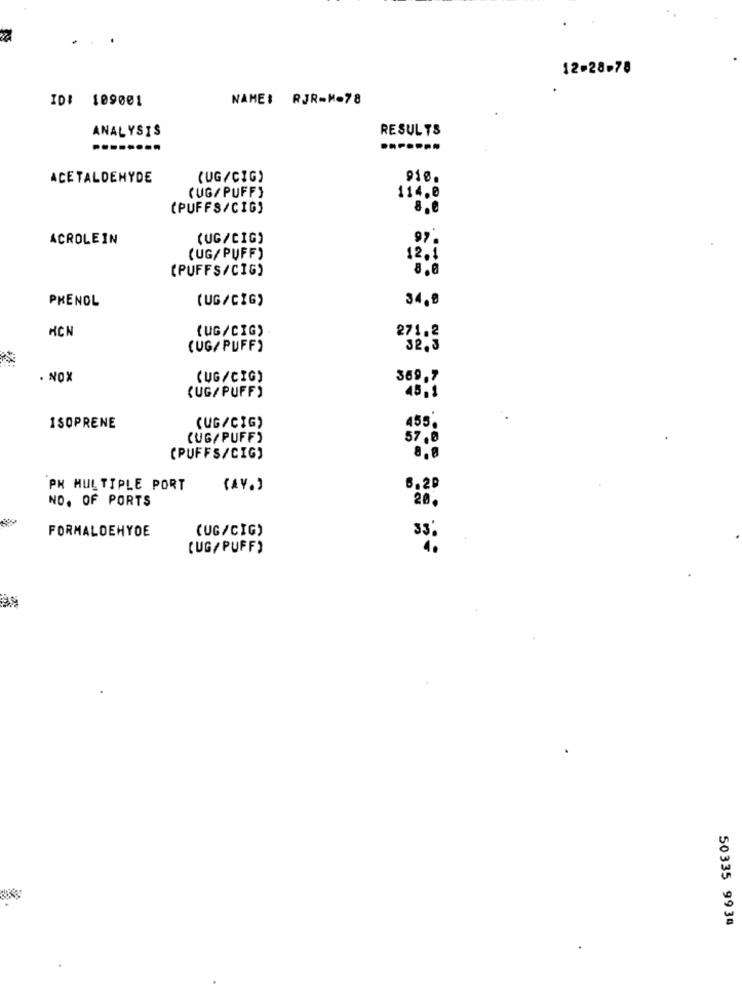
12-28-78
ID: 109001
NAME: RJR-M-78
RESULTS
ANALYSIS
ACETALDEHYDE
(UG/CIG)
910.
(UG/ PUFF}
114.0
(PUFFS/CIG)
8.0
ACROLEIN
(UG/CIG)
97.
(UG/ PUFF)
12.1
(PUFFS/CIG)
8.0
PHENOL
(UG/ CIG)
34.9
ACN
(UG/CIG)
271.2
(UG/ PUFF)
32,3
. NOX
(UG/CIG)
369,7
(UG/ PUFF)
48,1
455,
ISOPRENE
(UG/CIG)
(UG/ PUFF)
57.0
(PUFFS/CIG)
8,8
PH MULTIPLE PORT
(AV.)
NO. OF PORTS
20.
FORMALDEHYDE
(UG/CIG)
33;
(UG/ PUFF)
50335 9934